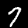
Digit: 7